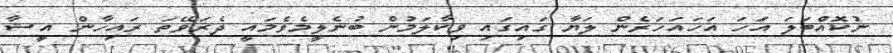
ނުކޮއްބަލަ އަހަ އަހައަހަރެން ލަޔާ ގައިގައި ވިކާލަމުން ބުނެލީމެވެމައީ ދެރަވޭތަ ރައިހާން އީޝާ